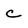
Character: c